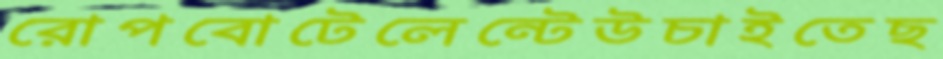
রোপবোটেলেন্টেউচাইতেছ